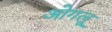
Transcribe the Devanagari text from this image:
ओगलू